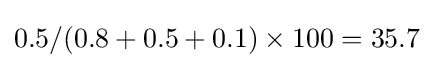
0.5/(0.8+0.5+0.1)\times 100=35.7